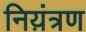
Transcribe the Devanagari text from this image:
निय़ंत्रण